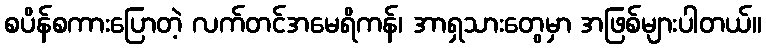
စပိန်စကားပြောတဲ့ လက်တင်အမေရိကန်၊ အာရှသားတွေမှာ အဖြစ်များပါတယ်။